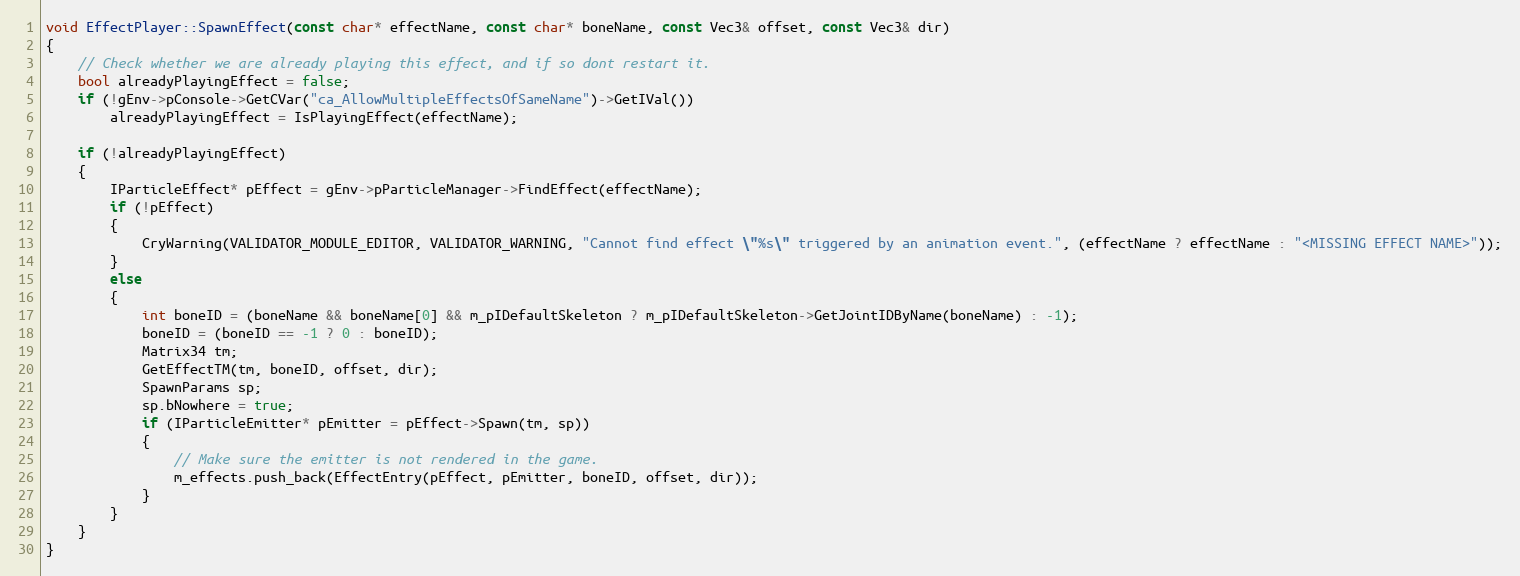
Language: C++
void EffectPlayer::SpawnEffect(const char* effectName, const char* boneName, const Vec3& offset, const Vec3& dir)
{
	// Check whether we are already playing this effect, and if so dont restart it.
	bool alreadyPlayingEffect = false;
	if (!gEnv->pConsole->GetCVar("ca_AllowMultipleEffectsOfSameName")->GetIVal())
		alreadyPlayingEffect = IsPlayingEffect(effectName);

	if (!alreadyPlayingEffect)
	{
		IParticleEffect* pEffect = gEnv->pParticleManager->FindEffect(effectName);
		if (!pEffect)
		{
			CryWarning(VALIDATOR_MODULE_EDITOR, VALIDATOR_WARNING, "Cannot find effect \"%s\" triggered by an animation event.", (effectName ? effectName : "<MISSING EFFECT NAME>"));
		}
		else
		{
			int boneID = (boneName && boneName[0] && m_pIDefaultSkeleton ? m_pIDefaultSkeleton->GetJointIDByName(boneName) : -1);
			boneID = (boneID == -1 ? 0 : boneID);
			Matrix34 tm;
			GetEffectTM(tm, boneID, offset, dir);
			SpawnParams sp;
			sp.bNowhere = true;
			if (IParticleEmitter* pEmitter = pEffect->Spawn(tm, sp))
			{
				// Make sure the emitter is not rendered in the game.
				m_effects.push_back(EffectEntry(pEffect, pEmitter, boneID, offset, dir));
			}
		}
	}
}